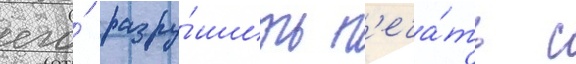
его́ разру́шить п'еча́ть с